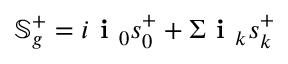
\mathbb { S } _ { g } ^ { + } = i \textbf { i } _ { 0 } s _ { 0 } ^ { + } + \Sigma \textbf { i } _ { k } s _ { k } ^ { + }